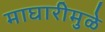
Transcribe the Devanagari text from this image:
माघारीमुळे